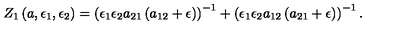
Z _ { 1 } \left( a , \epsilon _ { 1 } , \epsilon _ { 2 } \right) = \left( \epsilon _ { 1 } \epsilon _ { 2 } a _ { 2 1 } \left( a _ { 1 2 } + \epsilon \right) \right) ^ { - 1 } + \left( \epsilon _ { 1 } \epsilon _ { 2 } a _ { 1 2 } \left( a _ { 2 1 } + \epsilon \right) \right) ^ { - 1 } .